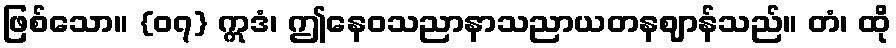
ဖြစ်သော။ {၀၇} ဣဒံ၊ ဤနေဝသညာနာသညာယတနဈာန်သည်။ တံ၊ ထို